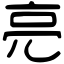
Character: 亮